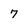
Character: 7